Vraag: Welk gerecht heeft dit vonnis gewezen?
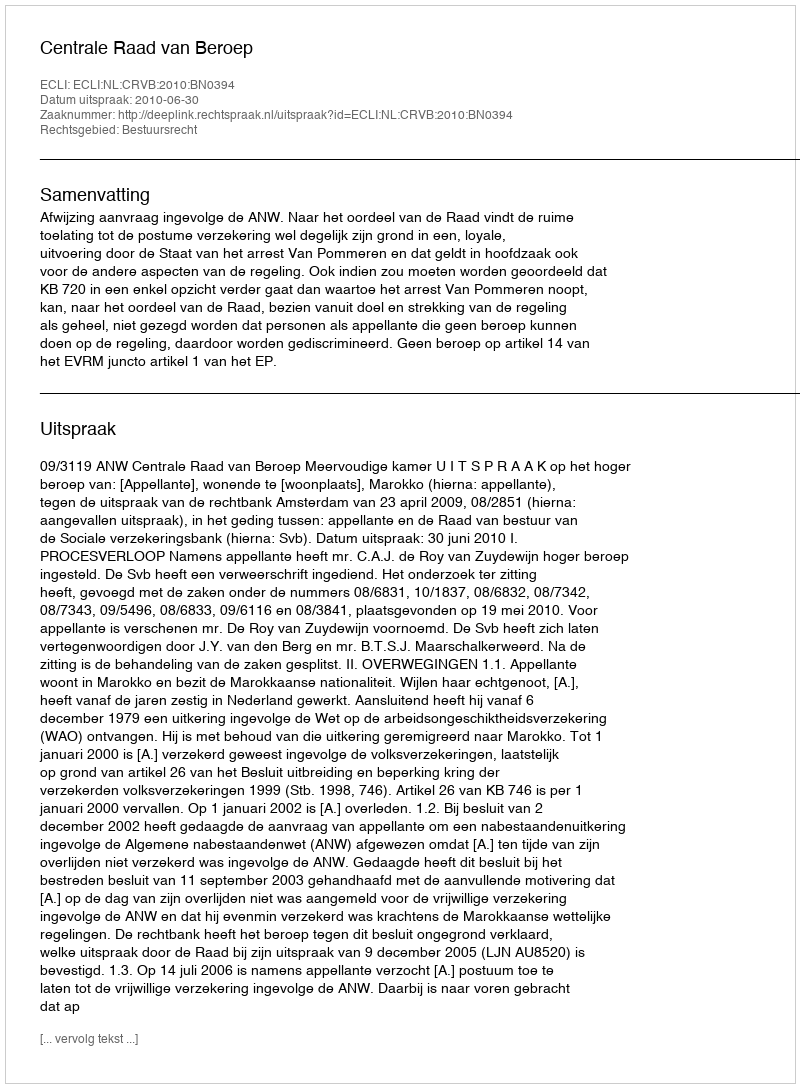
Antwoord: Centrale Raad van Beroep